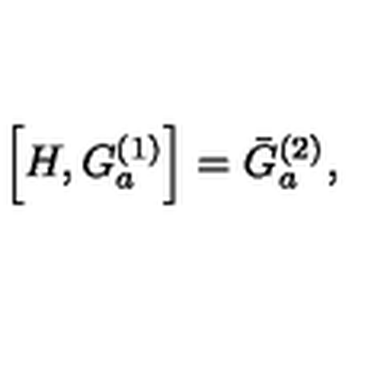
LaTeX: \left[ H , G _ { a } ^ { ( 1 ) } \right] = \bar { G } _ { a } ^ { ( 2 ) } ,